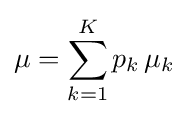
\mu =\sum _{k=1}^{K}p_{k}\,\mu _{k}